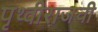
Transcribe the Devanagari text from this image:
पृथ्वीराजची